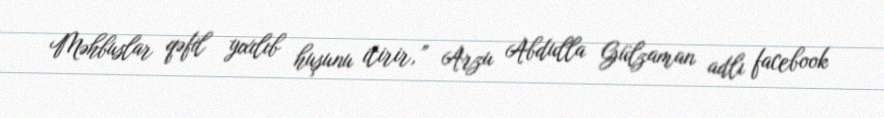
Məhbuslar qəfil yıxılıb huşunu itirir,” Arzu Abdulla Gülzaman adlı facebook